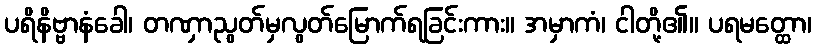
ပရိနိဗ္ဗာနံခေါ၊ တဏှာညွတ်မှလွတ်မြောက်ရခြင်းကား။ အမှာကံ၊ ငါတို့၏။ ပရမတ္ထော၊